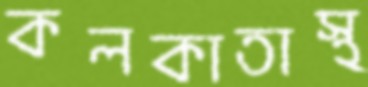
কলকাতাস্থ